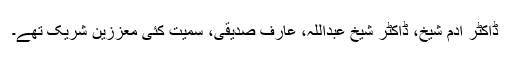
ڈاکٹر آدم شیخ، ڈاکٹر شیخ عبداللہ، عارف صدیقی، سمیت کئی معززین شریک تھے۔